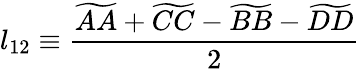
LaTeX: l_{12}\equiv\frac{\widetilde{AA}+\widetilde{CC}-\widetilde{BB}-\widetilde{DD}}{2}